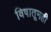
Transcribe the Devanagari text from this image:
विषातूनही